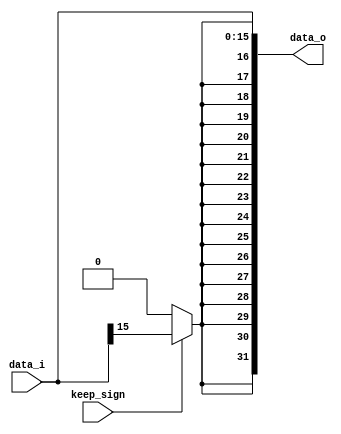
//Subject:     CO project 2 - Sign extend
//--------------------------------------------------------------------------------
//Version:     1
//--------------------------------------------------------------------------------
//Writer:      
//----------------------------------------------
//Date:        
//----------------------------------------------
//Description: 
//--------------------------------------------------------------------------------

module Sign_Extend(
    data_i,
    data_o,
    keep_sign
    );
               
//I/O ports
input   [16-1:0] data_i;
input            keep_sign;
output  [32-1:0] data_o;

//Internal Signals
// reg     [32-1:0] data_o;

//Sign extended
assign data_o[16-1:0] = data_i[16-1:0];
assign data_o[16] = keep_sign ? data_i[16-1] : 0;
assign data_o[17] = keep_sign ? data_i[16-1] : 0;
assign data_o[18] = keep_sign ? data_i[16-1] : 0;
assign data_o[19] = keep_sign ? data_i[16-1] : 0;
assign data_o[20] = keep_sign ? data_i[16-1] : 0;
assign data_o[21] = keep_sign ? data_i[16-1] : 0;
assign data_o[22] = keep_sign ? data_i[16-1] : 0;
assign data_o[23] = keep_sign ? data_i[16-1] : 0;
assign data_o[24] = keep_sign ? data_i[16-1] : 0;
assign data_o[25] = keep_sign ? data_i[16-1] : 0;
assign data_o[26] = keep_sign ? data_i[16-1] : 0;
assign data_o[27] = keep_sign ? data_i[16-1] : 0;
assign data_o[28] = keep_sign ? data_i[16-1] : 0;
assign data_o[29] = keep_sign ? data_i[16-1] : 0;
assign data_o[30] = keep_sign ? data_i[16-1] : 0;
assign data_o[31] = keep_sign ? data_i[16-1] : 0;

          
endmodule